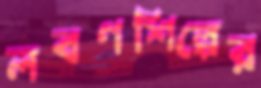
লবণশিল্পের